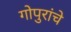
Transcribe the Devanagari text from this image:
गोपुरांचे